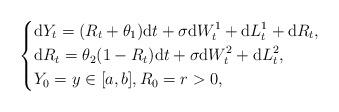
LaTeX: \begin{align*}\left\{\begin{aligned}&\mathrm{d}Y_{t}=(R_{t}+\theta_{1})\mathrm{d}t+\sigma\mathrm{d}W^{1}_{t}+\mathrm{d}L^{1}_{t}+\mathrm{d}R_{t},\\&\mathrm{d}R_{t}=\theta_{2}(1-R_{t})\mathrm{d}t+\sigma\mathrm{d}W^{2}_{t}+\mathrm{d}L^{2}_{t},\\&Y_{0}=y\in[a,b], R_{0}=r>0,\end{aligned}\right.\end{align*}